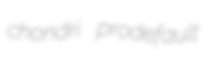
chondri prodefault